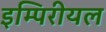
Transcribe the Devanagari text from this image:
इम्पिरीयल